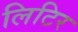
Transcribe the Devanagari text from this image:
लिटिर